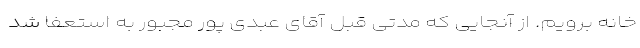
خانه برویم. از آنجایی که مدتی قبل آقای عبدی پور مجبور به استعفا شد